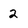
Character: 2